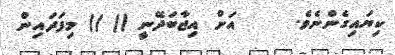
ކިޔައިގެންނެވެ.     އަށް އިޖާބަދޭނީ (( )) މިފަދައިން